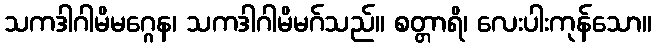
သကဒါဂါမိမဂ္ဂေန၊ သကဒါဂါမိမဂ်သည်။ စတ္တာရိ၊ လေးပါးကုန်သော။